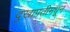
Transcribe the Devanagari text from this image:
दुखापतीमधून